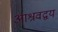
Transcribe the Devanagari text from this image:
आश्रवद्वय